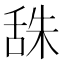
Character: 𦧙